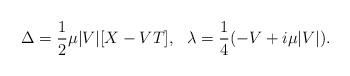
LaTeX: \begin{align*}\Delta = {1 \over 2}\mu |V| [X - VT], \ \ \lambda={1\over 4 } (- V + i \mu |V|).\end{align*}